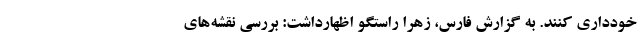
خودداری کنند. به گزارش فارس، زهرا راستگو اظهارداشت: بررسی نقشه‌های